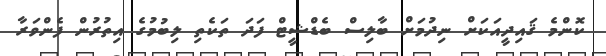
ކޮންމެ ޤައިދީއަކަށް ނިދުމަށް ބާލިސް ބެޑްޝީޓް ފަދަ ތަކެތި ލިބުމުގެ އިތުރުން ފެންވަރާ